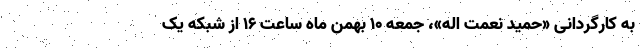
به کارگردانی «حمید نعمت اله»، جمعه ۱۰ بهمن ماه ساعت ۱۶ از شبکه یک